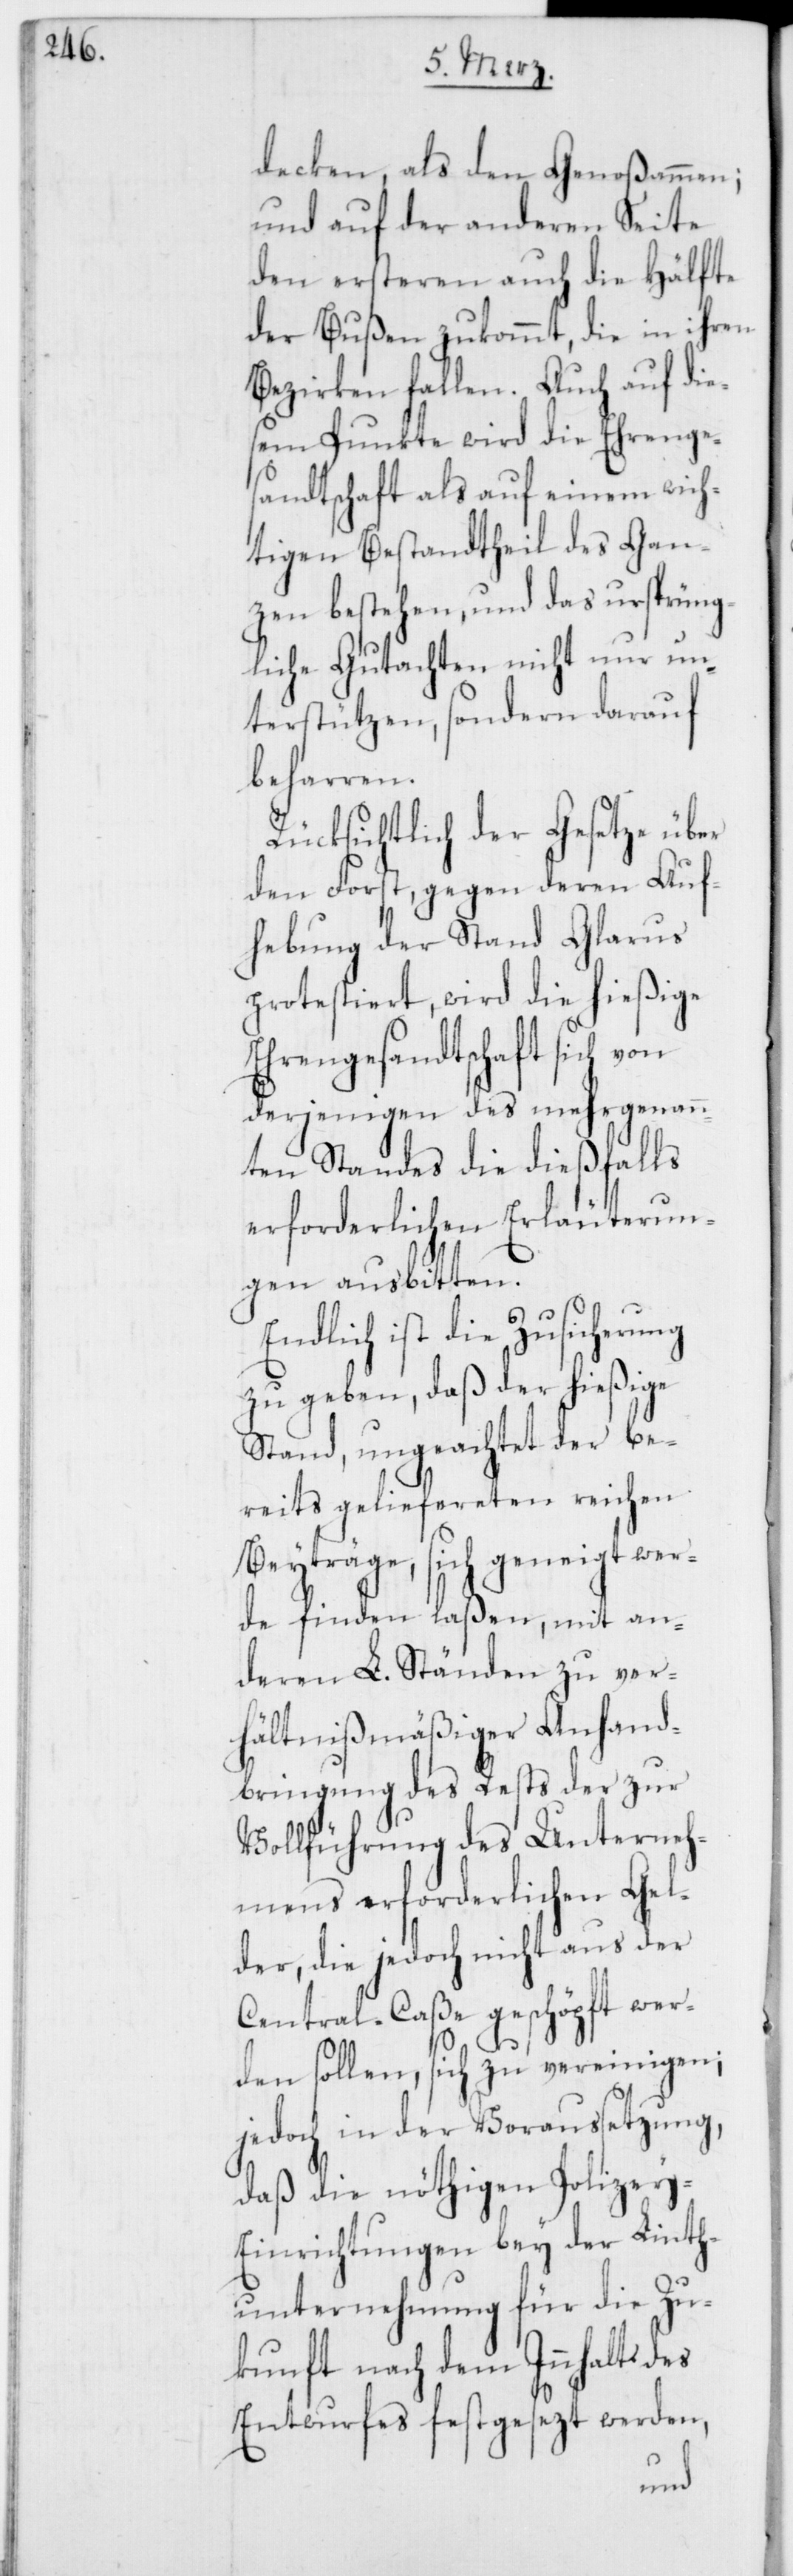
decken, als den Genoßamen;
und auf der anderen Seite
den ersteren auch die Hälfte
der Bußen zukommt, die in ihren
Bezirken fallen. Auch auf die¬
sem Punkte wird die Ehrenge¬
sandtschaft als auf einem wich¬
tigen Bestandtheil des Gan¬
zen bestehen, und das ursprüng¬
liche Gutachten nicht nur un¬
terstützen, sondern darauf
beharren.
Rücksichtlich der Gesetze über
den Forst, gegen deren Auf¬
hebung der Stand Glarus
protestiert, wird die hießige
Ehrengesandtschaft sich von
derjenigen des mehrgenann¬
ten Standes die dießfalls
erforderlichen Erläuterun¬
gen ausbitten.
Endlich ist die Zusicherung
zu geben, daß der hießige
Stand, ungeachtet der be¬
reits geliefereten reichen
Beyträge, sich geneigt wer¬
de finden laßen, mit an¬
deren L. Ständen zu ver¬
hältnißmäßiger Anhand¬
bringung des Rests der zur
Vollführung des Unterneh¬
mens erforderlichen Gel¬
der, die jedoch nicht aus der
Central-Caßa geschöpft wer¬
den sollen, sich zu vereinigen;
jedoch in der Voraussetzung,
daß die nöthigen Polizey-E¬
inrichtungen bey der Linth¬
unternehmung für die Zu¬
kunft nach dem Innhalt des
Entwurfes festgesezt werden,